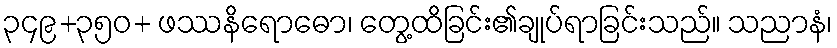
၃၄၉+၃၅၀+ ဖဿနိရောဓော၊ တွေ့ထိခြင်း၏ချုပ်ရာခြင်းသည်။ သညာနံ၊